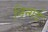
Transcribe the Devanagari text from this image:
निन्गदे